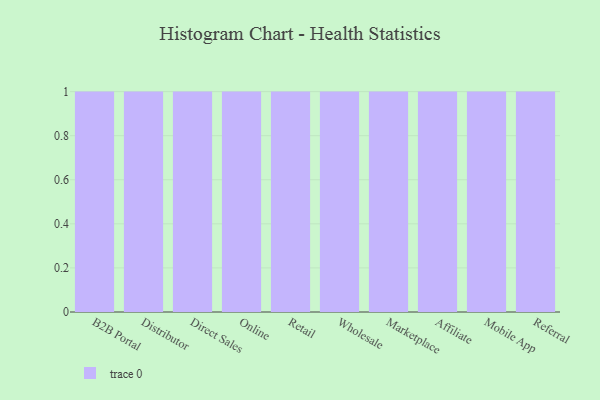
{"axis": {"x": "Channel", "y": "Production Output"}, "legend": [""], "data": [{"x": "B2B Portal", "y": 46, "type": ""}, {"x": "Distributor", "y": 57, "type": ""}, {"x": "Direct Sales", "y": 22, "type": ""}, {"x": "Online", "y": 57, "type": ""}, {"x": "Retail", "y": 1, "type": ""}, {"x": "Wholesale", "y": 14, "type": ""}, {"x": "Marketplace", "y": 37, "type": ""}, {"x": "Affiliate", "y": 82, "type": ""}, {"x": "Mobile App", "y": 76, "type": ""}, {"x": "Referral", "y": 85, "type": ""}]}